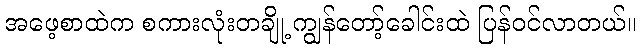
အဖေ့စာထဲက စကားလုံးတချို့ ကျွန်တော့်ခေါင်းထဲ ပြန်ဝင်လာတယ်။